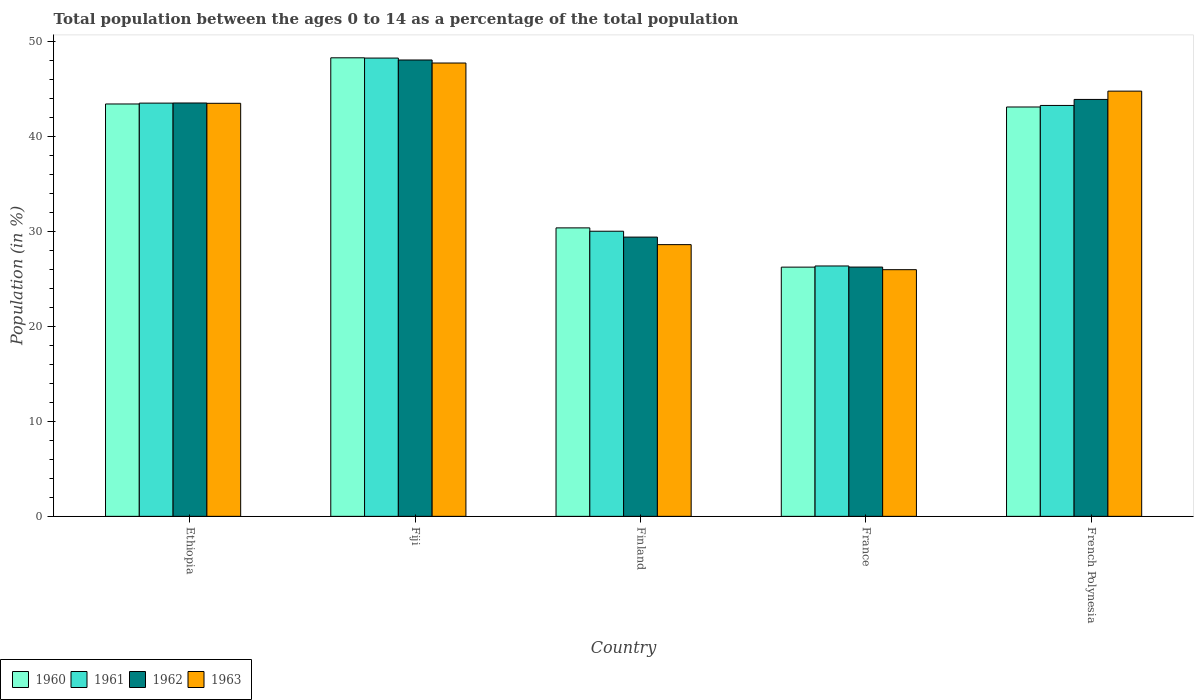
| Country | 1960 | 1961 | 1962 | 1963 |
 | --- | --- | --- | --- | --- |
 | Ethiopia | 43.5 | 43.6 | 43.6 | 43.5 |
 | Fiji | 48.3 | 48.3 | 48.1 | 47.8 |
 | Finland | 30.4 | 30 | 29.4 | 28.6 |
 | France | 26.3 | 26.4 | 26.3 | 26 |
 | French Polynesia | 43.1 | 43.3 | 43.9 | 44.8 |